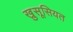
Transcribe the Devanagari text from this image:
खु़सूसियत